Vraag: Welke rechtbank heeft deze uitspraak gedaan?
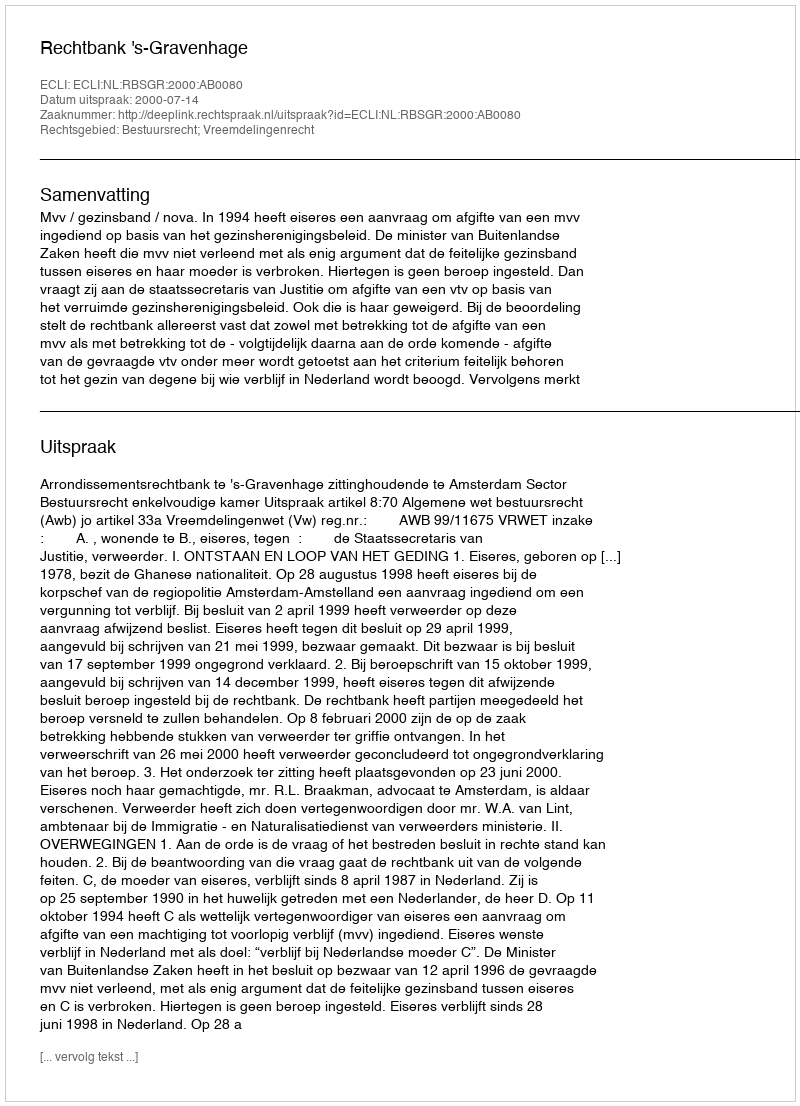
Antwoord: Rechtbank 's-Gravenhage